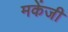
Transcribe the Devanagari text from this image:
मकेंजी